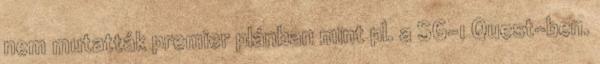
nem mutatták premier plánban mint pl. a SG-1 Quest-ben.